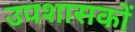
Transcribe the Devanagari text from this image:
उपशासकों